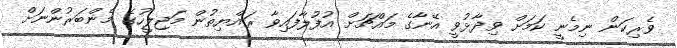
ވެރިކަން ނިމެނީ ކަމަށް ވިދާޅުވީ އޭނާގެ މައްޗަށް އުފުލާފައިވާ ރައްޔިތުން މަޖިލީހުގެ މެންބަރުންނަށް